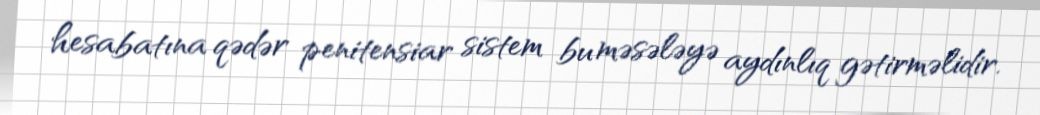
hesabatına qədər penitensiar sistem bu məsələyə aydınlıq gətirməlidir.